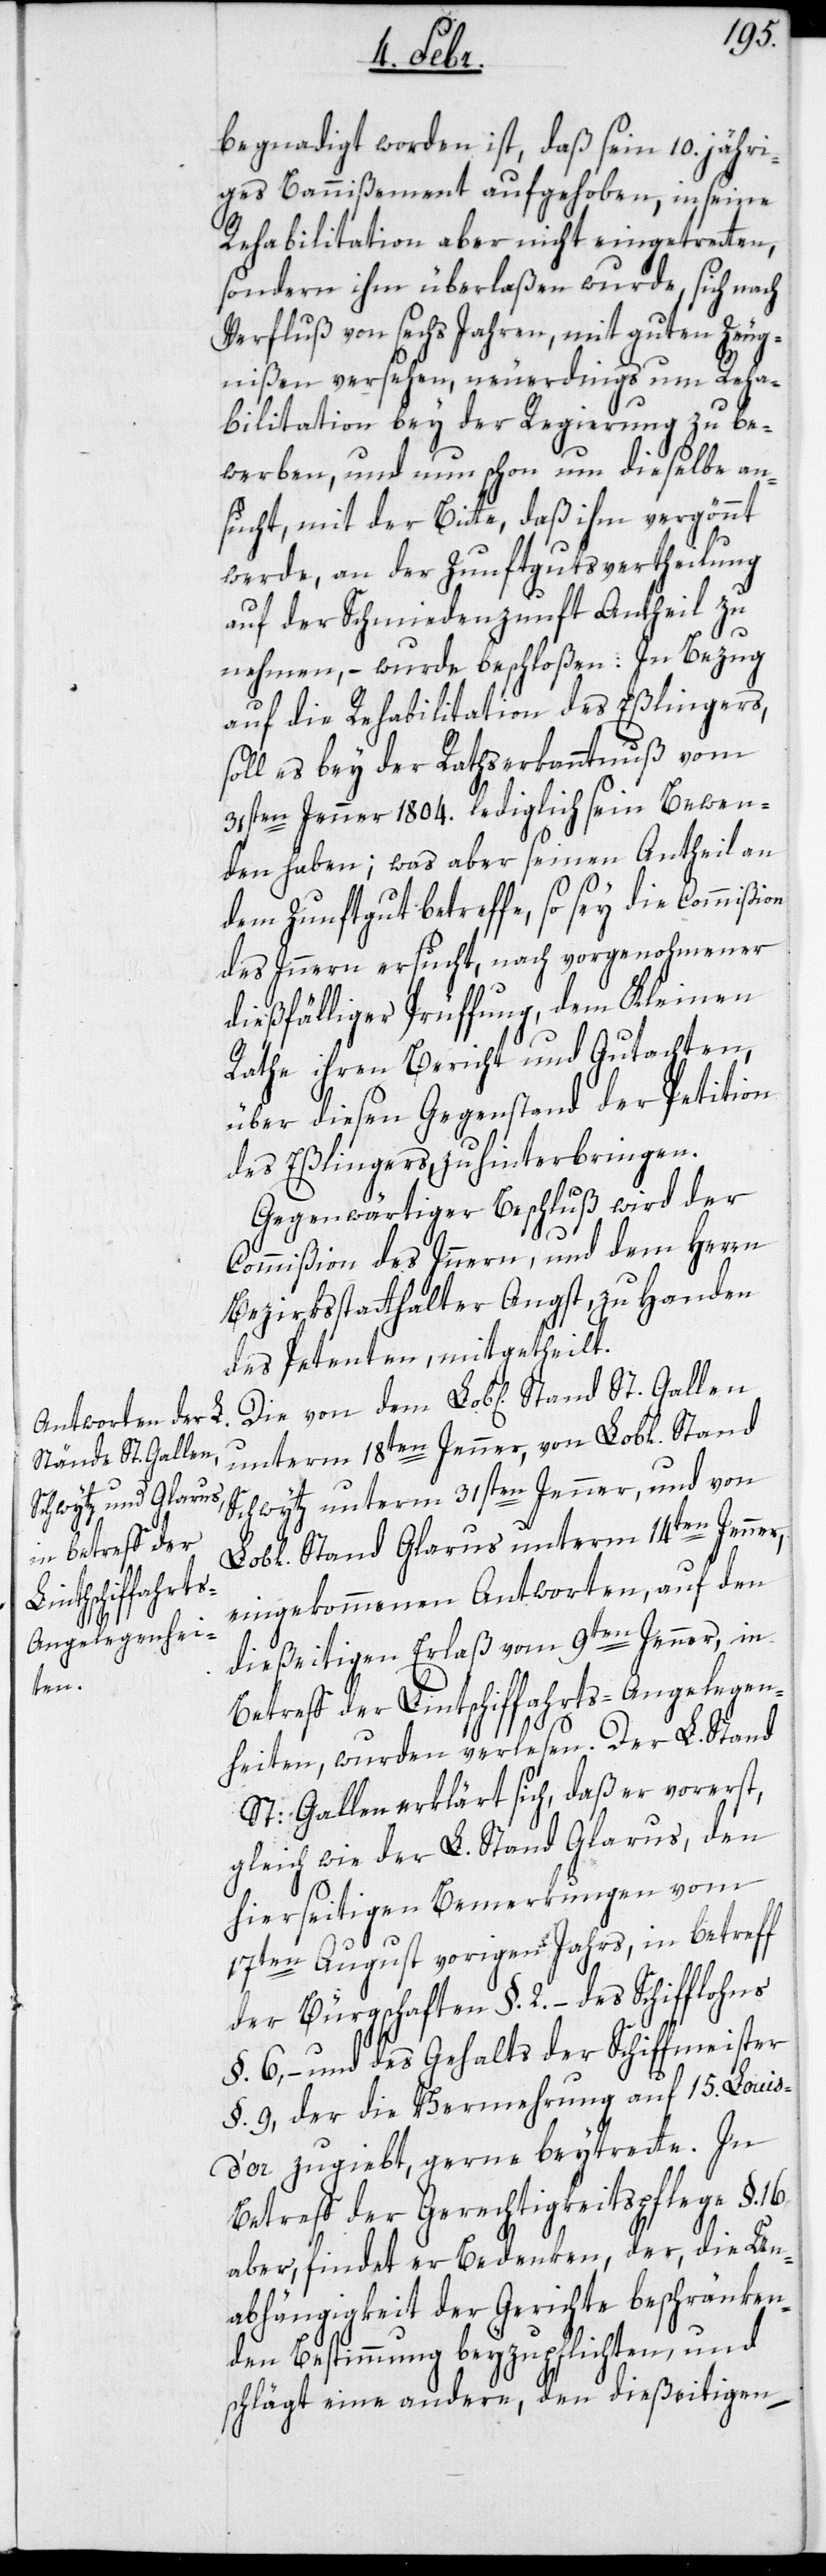
Stand St. Gallen

begnadigt worden ist, daß sein 10. jähri¬
ges Bannißement aufgehoben, in seine
Rehabilitation aber nicht eingetretten,
sondern ihm überlaßen wurde, sich nach
Verfluß von sechs Jahren, mit guten Zeug¬
nißen versehen, neuerdings um Reha¬
bilitation bey der Regierung zu be¬
werben, und nun schon um dieselbe an¬
sucht, mit der Bitte, daß ihm vergönnt
werde, an der Zunftgutsvertheilung
auf der Schmiedenzunft Antheil zu
nehmen, – wurde beschloßen: In Bezug
auf die Rehabilitation des Eßlingers,
soll es bey der Rathserkanntnuß vom
31sten Jenner 1804. lediglich sein Bewen¬
den haben; was aber seinen Antheil an
dem Zunftgut betreffe, so sey die Commißion
des Inneren ersucht, nach vorgenohmener
dießfälliger Prüffung, dem Kleinen
Rathe ihren Bericht und Gutachten,
über diesen Gegenstand der Petiton
des Eßlingers zu hinterbringen.
Gegenwärtiger Beschluß wird der
Commißion des Inneren, und dem Herrn
Bezirksstatthalter Angst, zu Handen
des Petenten, mitgetheilt.
unterm 18ten Jenner, von Lobl. Stand
Schwytz unterm 31sten Jenner, und von
Lobl. Stand Glarus unterm 14ten Jenner,
eingekommenen Antworten, auf den
dießeitigen Erlaß vom 9ten Jenner, in
Betreff der Linthschiffahrts-Angelegen¬
heiten, wurden verlesen. Der L. Stand
St: Gallen erklärt sich, daß er vorerst,
gleich wie der L. Stand Glarus, den
hierseitigen Bemerkungen vom
17ten August vorigen Jahrs, in betreff
der Bürgschaften §. 2. – des Schifflohns
§. 6, – und des Gehalts der Schiffmeister
§. 9, der die Vermehrung auf 15. Louis
d’or zugiebt, gerne beytrette. In
Betreff der Gerechtigkeitspflege §. 16
aber, findet er Bedenken, der, die Un¬
abhängigkeit der Gerichte beschränken¬
den Bestimmung beyzupflichten, und
schlägt eine andere, den dießeitigen